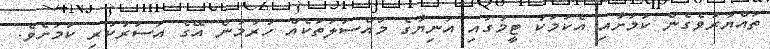
ތައްޔާރުވެގެން ކަމަށާއި އެކަމަކު ޓީމުގައި އަނިޔާގެ މައްސަލަތަކެއް ހުރުމުން އޭގެ އަސަރުކުރި ކަމަށެވެ.